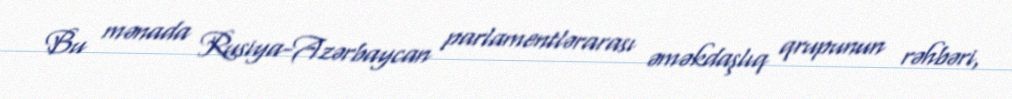
Bu mənada Rusiya-Azərbaycan parlamentlərarası əməkdaşlıq qrupunun rəhbəri,